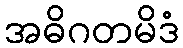
အဓိဂတမိဒံ